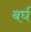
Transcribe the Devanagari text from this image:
बर्घ